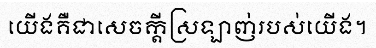
យើងគឺជាសេចក្តីស្រឡាញ់របស់យើង។